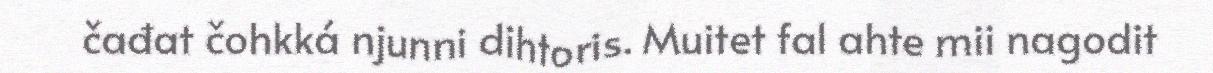
čađat čohkká njunni dihtoris. Muitet fal ahte mii nagodit